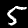
Digit: 5